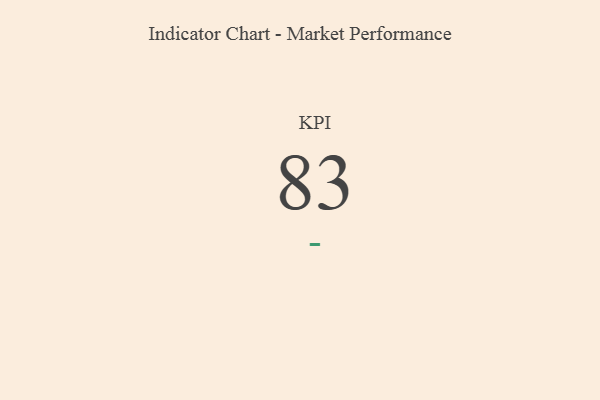
{"axis": {"x": "KPI", "y": "Value"}, "legend": [""], "data": [{"x": "KPI", "y": 83, "type": ""}]}